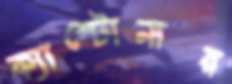
ক্যান্টোনার